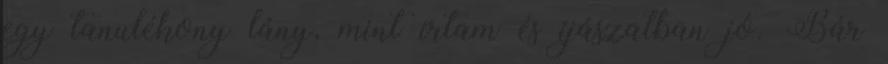
egy tanulékony lány, mint írtam és íjászatban jó. Bár